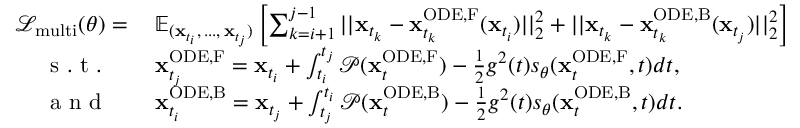
\begin{array} { r l } { \mathcal { L } _ { \mathrm { m u l t i } } ( \theta ) = \: } & { { } \mathbb { E } _ { ( \mathbf { x } _ { t _ { i } } , \, . . . , \, \mathbf { x } _ { t _ { j } } ) } \left[ \sum _ { k = i + 1 } ^ { j - 1 } | | \mathbf { x } _ { t _ { k } } - \mathbf { x } _ { t _ { k } } ^ { \mathrm { O D E , F } } ( \mathbf { x } _ { t _ { i } } ) | | _ { 2 } ^ { 2 } + | | \mathbf { x } _ { t _ { k } } - \mathbf { x } _ { t _ { k } } ^ { \mathrm { O D E , B } } ( \mathbf { x } _ { t _ { j } } ) | | _ { 2 } ^ { 2 } \right] } \\ { \mathrm { ~ s ~ . ~ t ~ . ~ } \quad } & { { } \mathbf { x } _ { t _ { j } } ^ { \mathrm { O D E , F } } = \mathbf { x } _ { t _ { i } } + \int _ { t _ { i } } ^ { t _ { j } } \mathcal { P } ( \mathbf { x } _ { t } ^ { \mathrm { O D E , F } } ) - \frac { 1 } { 2 } g ^ { 2 } ( t ) s _ { \theta } ( \mathbf { x } _ { t } ^ { \mathrm { O D E , F } } , t ) d t , } \\ { \mathrm { ~ a ~ n ~ d ~ } \quad } & { { } \mathbf { x } _ { t _ { i } } ^ { \mathrm { O D E , B } } = \mathbf { x } _ { t _ { j } } + \int _ { t _ { j } } ^ { t _ { i } } \mathcal { P } ( \mathbf { x } _ { t } ^ { \mathrm { O D E , B } } ) - \frac { 1 } { 2 } g ^ { 2 } ( t ) s _ { \theta } ( \mathbf { x } _ { t } ^ { \mathrm { O D E , B } } , t ) d t . } \end{array}